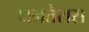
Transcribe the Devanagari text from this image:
धनतेरास